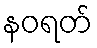
နဝရတ်